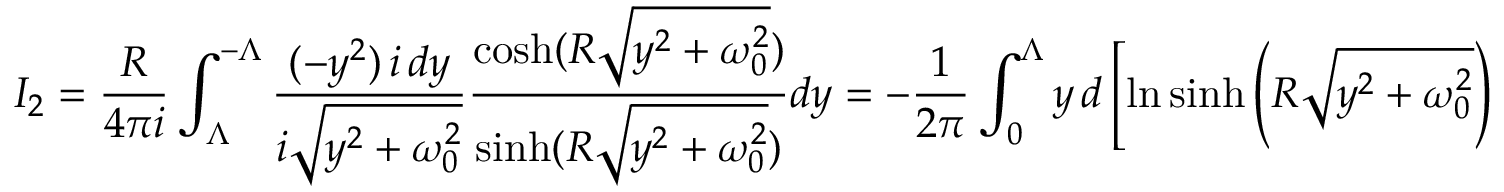
I _ { 2 } = \frac { R } { 4 \pi i } \int _ { \Lambda } ^ { - \Lambda } \frac { ( - y ^ { 2 } ) \, i \, d y } { i \sqrt { y ^ { 2 } + \omega _ { 0 } ^ { 2 } } } \frac { \cosh ( R \sqrt { y ^ { 2 } + \omega _ { 0 } ^ { 2 } } ) } { \sinh ( R \sqrt { y ^ { 2 } + \omega _ { 0 } ^ { 2 } } ) } d y = - \frac { 1 } { 2 \pi } \int _ { 0 } ^ { \Lambda } y \, d \left[ \ln \sinh \left( R \sqrt { y ^ { 2 } + \omega _ { 0 } ^ { 2 } } \right) \right] .